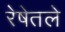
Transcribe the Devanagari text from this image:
रेषेतले